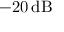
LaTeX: - 2 0 \, \mathrm { d B }